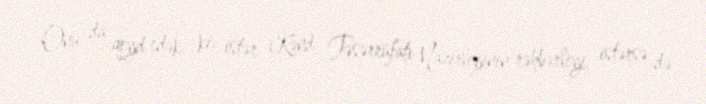
Onu da qeyd edək ki, istər Kənd Təsərrüfatı Nazirliyinin rəhbərliyi, istərsə də